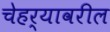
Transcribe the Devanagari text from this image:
चेहर्यावरील